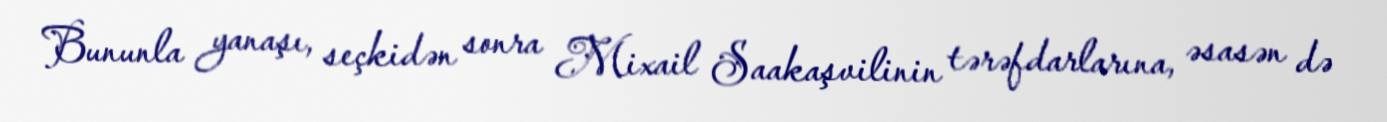
Bununla yanaşı, seçkidən sonra Mixail Saakaşvilinin tərəfdarlarına, əsasən də